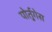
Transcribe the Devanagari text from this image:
पोर्तुगेस